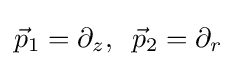
{\vec {p}}_{1}=\partial _{z},\;\;{\vec {p}}_{2}=\partial _{r}